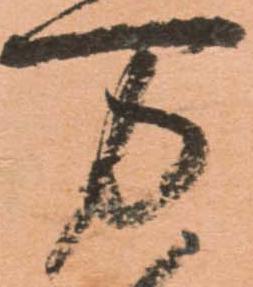
万